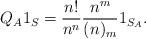
LaTeX: \begin{align*} Q_A 1_S = \frac{n!}{n^n} \frac{n^m}{(n)_m} 1_{S_A} . \end{align*}